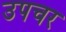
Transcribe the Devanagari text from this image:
उपचर